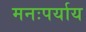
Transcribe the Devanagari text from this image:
मनःपर्याय